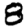
Digit: 8